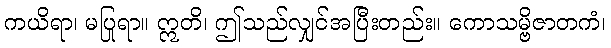
ကယိရာ၊ မပြုရာ။ ဣတိ၊ ဤသည်လျှင်အပြီးတည်း။ ကောသမ္ဗိဇာတကံ၊